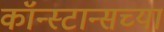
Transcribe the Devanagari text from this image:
कॉन्स्टान्सच्या